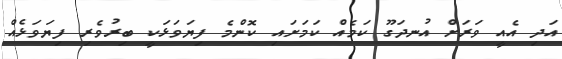
އަދި އެއީ ވަރަށް އުނދަގޫ ކަމެއް ކަމަށައި ކޮންމެ ފިޔަވަޅަކީ ބިރުވެރި ފިޔަވަޅެއް